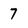
Character: 7